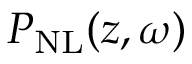
P _ { \mathrm { N L } } ( z , \omega )